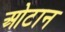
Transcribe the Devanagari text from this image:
ओटान